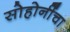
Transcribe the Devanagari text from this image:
सोहोनींंचा